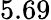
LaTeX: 5.69